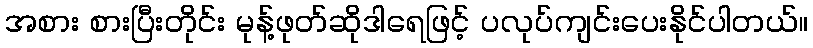
အစား စားပြီးတိုင်း မုန့်ဖုတ်ဆိုဒါရေဖြင့် ပလုပ်ကျင်းပေးနိုင်ပါတယ်။